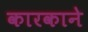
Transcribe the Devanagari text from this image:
कारकाने